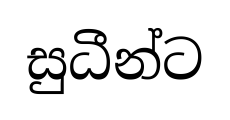
සුධීන්ට